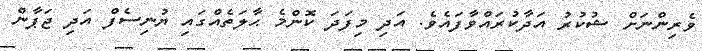
ވެރިންނަށް ޝުކުރު އަދާކުރައްވާފައެވެ. އަދި މިފަދަ ކޮންމެ ޙާލަތެއްގައި ޔުނިސެފް އަދި ޖަޕާން